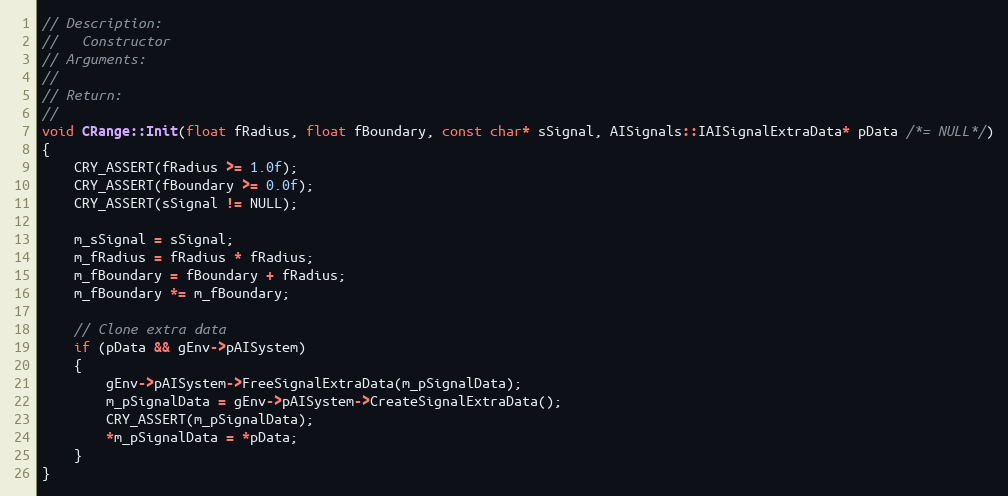
Language: C++
// Description:
//   Constructor
// Arguments:
//
// Return:
//
void CRange::Init(float fRadius, float fBoundary, const char* sSignal, AISignals::IAISignalExtraData* pData /*= NULL*/)
{
	CRY_ASSERT(fRadius >= 1.0f);
	CRY_ASSERT(fBoundary >= 0.0f);
	CRY_ASSERT(sSignal != NULL);

	m_sSignal = sSignal;
	m_fRadius = fRadius * fRadius;
	m_fBoundary = fBoundary + fRadius;
	m_fBoundary *= m_fBoundary;

	// Clone extra data
	if (pData && gEnv->pAISystem)
	{
		gEnv->pAISystem->FreeSignalExtraData(m_pSignalData);
		m_pSignalData = gEnv->pAISystem->CreateSignalExtraData();
		CRY_ASSERT(m_pSignalData);
		*m_pSignalData = *pData;
	}
}